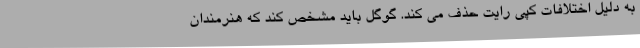
به دلیل اختلافات کپی رایت حذف می کند. گوگل باید مشخص کند که هنرمندان